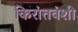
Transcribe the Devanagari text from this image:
किरांतवंशी